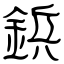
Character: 鋲